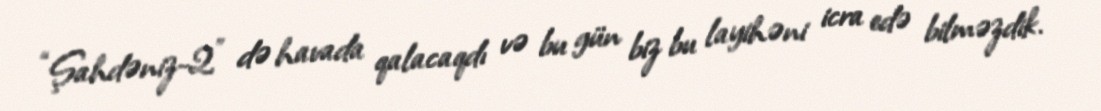
“Şahdəniz-2” də havada qalacaqdı və bu gün biz bu layihəni icra edə bilməzdik.